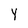
Character: Y